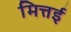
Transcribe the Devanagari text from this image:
मित्तई